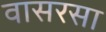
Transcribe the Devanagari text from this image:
वासरसा